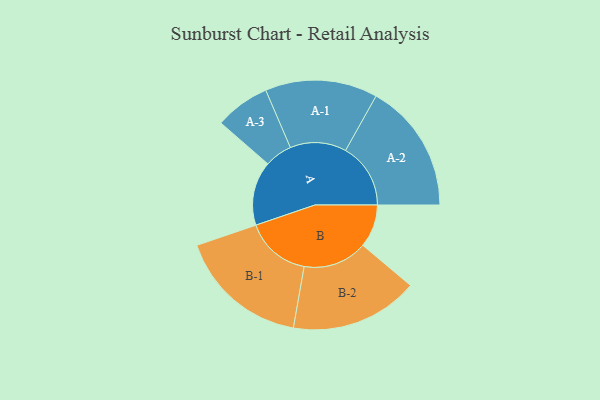
{"axis": {"x": "Segment", "y": "Value"}, "legend": ["", "A", "B"], "data": [{"x": "A", "y": 275, "type": ""}, {"x": "B", "y": 184, "type": ""}, {"x": "A-1", "y": 241, "type": "A"}, {"x": "A-2", "y": 279, "type": "A"}, {"x": "A-3", "y": 118, "type": "A"}, {"x": "B-1", "y": 281, "type": "B"}, {"x": "B-2", "y": 275, "type": "B"}]}